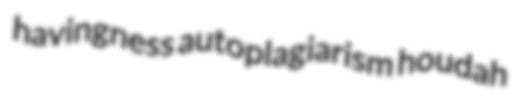
havingness autoplagiarism houdah